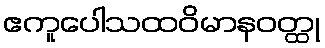
ဧကူပေါသထဝိမာနဝတ္ထု